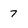
Character: 7